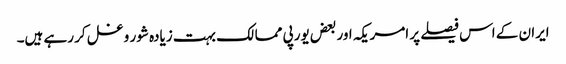
ایران کے اس فیصلے پر امریکہ اور بعض یورپی ممالک بہت زیادہ شور و غل کر رہے ہیں۔